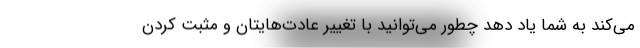
می‌کند به شما یاد دهد چطور می‌توانید با تغییر عادت‌هایتان و مثبت کردن